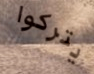
يتركوا